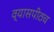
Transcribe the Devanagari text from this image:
व्यासपीठच